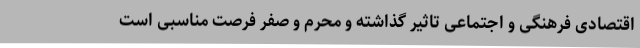
اقتصادی فرهنگی و اجتماعی تاثیر گذاشته و محرم و صفر فرصت مناسبی است